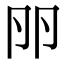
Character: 𠨖